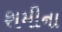
શમીના